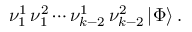
\nu _ { 1 } ^ { 1 } \, \nu _ { 1 } ^ { 2 } \cdots \nu _ { k - 2 } ^ { 1 } \, \nu _ { k - 2 } ^ { 2 } \, \vert \Phi \rangle \, .